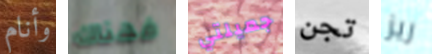
وأنام فهناك جميلتي تجن ريز